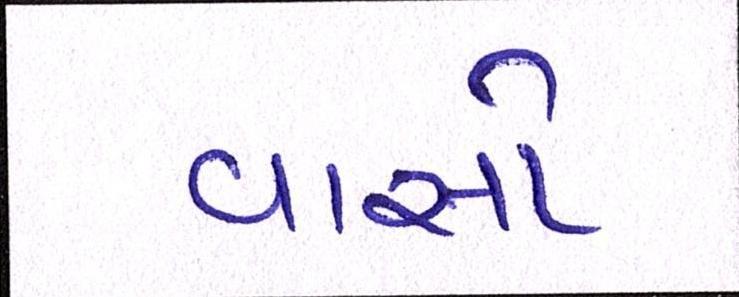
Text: વાસો